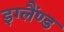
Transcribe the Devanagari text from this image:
इग्लैंण्ड